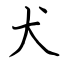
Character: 犬